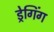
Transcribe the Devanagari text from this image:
ड्रेगिंग